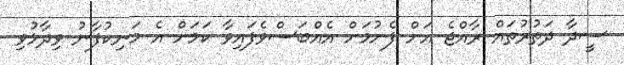
ސީދާ ދަތުރުތައް ރާއްޖެ އަށް ފެށުމަށް އެއްބަސްވެފައިވާ ކަމަށް އެ މަނިކުފާނު ވިދާޅުވި